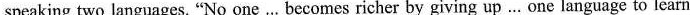
speaking two languages. "No one …becomes richer by giving up…One language to learn